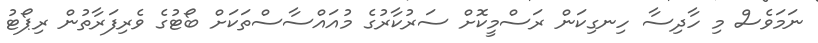
ނަމަވެސް މި ހާދިސާ ހިނގިކަން ރަސްމީކޮށް ސަރުކާރުގެ މުއައްސާސްތަކަށް ބޯޓުގެ ވެރިފަރާތުން ރިޕޯޓު